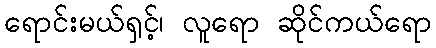
ရောင်းမယ်ရှင့်၊ လူရော ဆိုင်ကယ်ရော